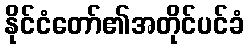
နိုင်ငံတော်၏အတိုင်ပင်ခံ